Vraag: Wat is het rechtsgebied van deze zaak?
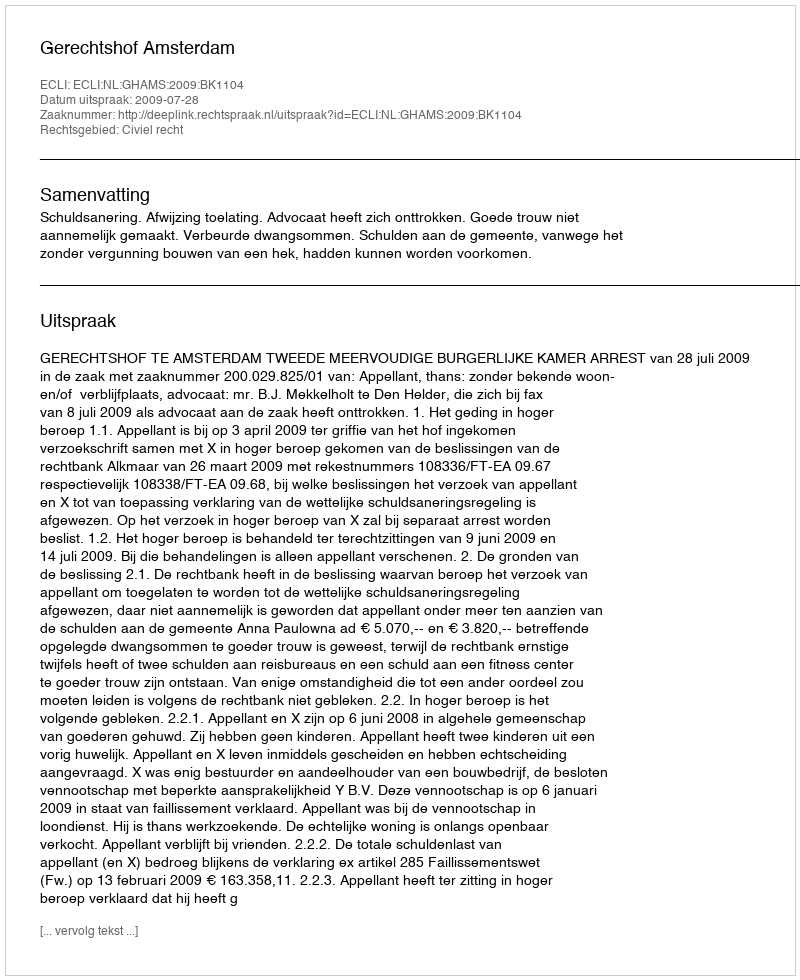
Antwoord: Civiel recht